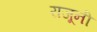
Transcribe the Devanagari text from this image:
राजूनी